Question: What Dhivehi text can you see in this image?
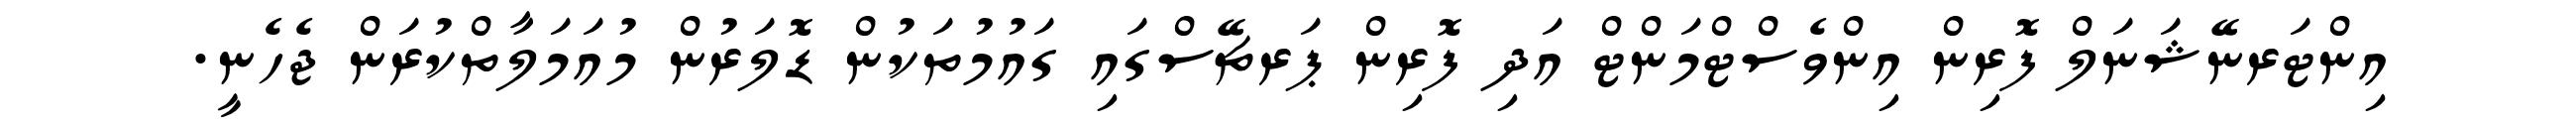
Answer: އިންޓަރނޭޝަނަލް ފޮރިން އިންވެސްޓްމަންޓް އަދި ފޮރިން ޕަރޗޭސްގައި ގައުމުތަކުން ޑޮލަރުން މުއަމަލާތްކުރަން ޖެހެނީ.